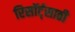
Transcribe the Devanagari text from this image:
रिसॉर्ट्‌साठी